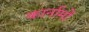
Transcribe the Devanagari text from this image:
कार्नामों